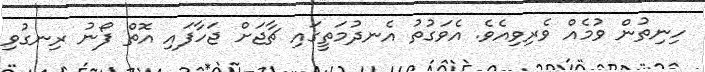
ހިނިތުން ވުމެއް ވެރިވިއެވެ. އެވަގުތު އެނދުމަތީގައި ޗާޖަށް ޖަހާފައި އޮތް ފޯނު ރިނގުވި